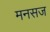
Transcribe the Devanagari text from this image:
मनसज